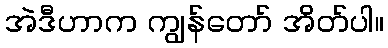
အဲဒီဟာက ကျွန်တော် အိတ်ပါ။